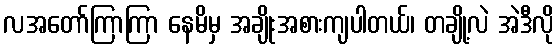
လအတော်ကြာကြာ နေမိမှ အချိုးအစားကျပါတယ်၊ တချို့လဲ အဲဒီလို